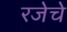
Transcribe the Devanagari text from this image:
रजेचे